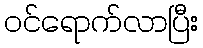
ဝင်ရောက်လာပြီး